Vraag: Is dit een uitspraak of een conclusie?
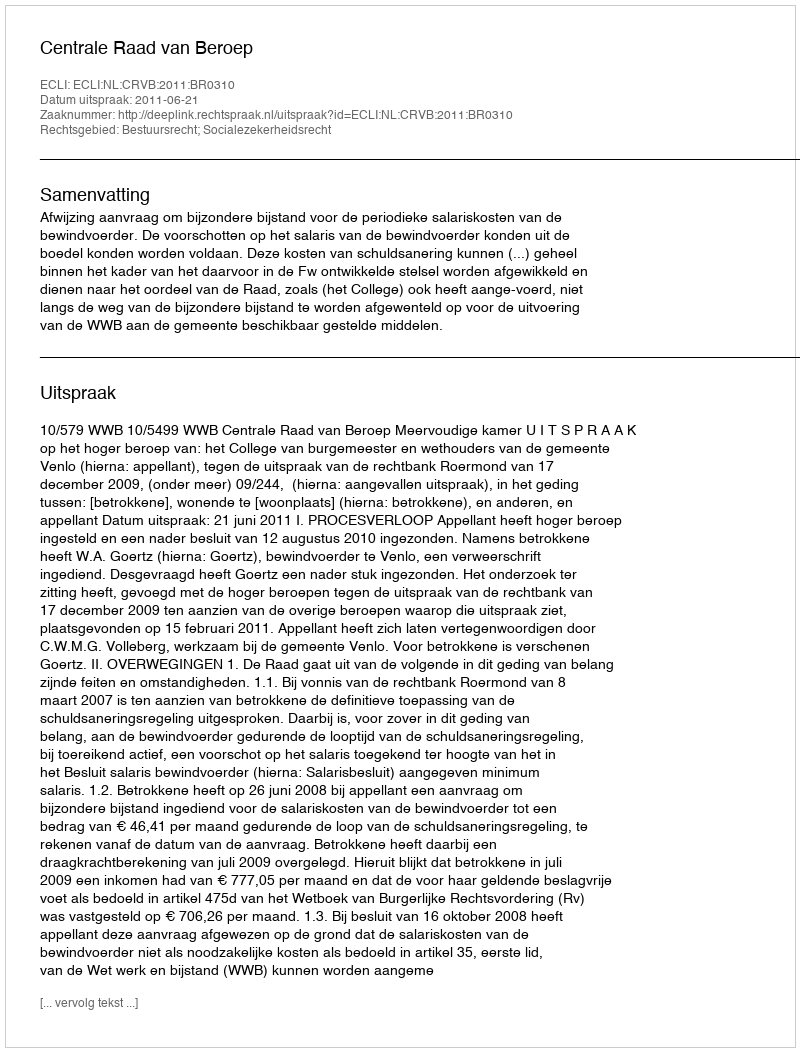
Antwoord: Uitspraak